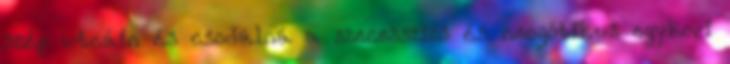
szép utcáin és csodálná a szecessziós és neogótikus egykori